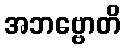
အဘဗ္ဗောတိ